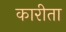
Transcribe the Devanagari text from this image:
कारीता